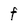
Character: f